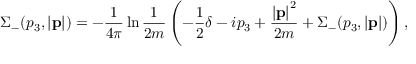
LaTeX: \Sigma _ { - } ( p _ { 3 } , \left| { \bf p } \right| ) = - \frac { 1 } { 4 \pi } \ln \frac { 1 } { 2 m } \left( - \frac { 1 } { 2 } \delta - i p _ { 3 } + \frac { \left| { \bf p } \right| ^ { 2 } } { 2 m } + \Sigma _ { - } ( p _ { 3 } , \left| { \bf p } \right| ) \right) ,